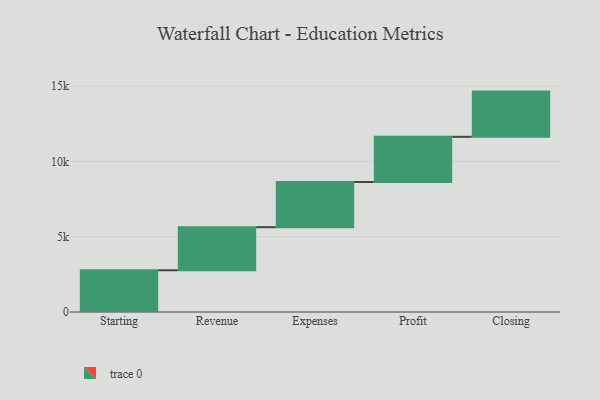
{"axis": {"x": "Step", "y": "Value"}, "legend": [""], "data": [{"x": "Starting", "y": 2770.0, "type": ""}, {"x": "Revenue", "y": 2861.0, "type": ""}, {"x": "Expenses", "y": 3000, "type": ""}, {"x": "Profit", "y": 3000, "type": ""}, {"x": "Closing", "y": 3000, "type": ""}]}